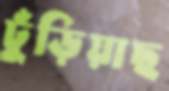
ঢুঁড়িয়াছ